Annual administration report of the Civil Veterinary Department of India - 1897-1898
Year: 1897
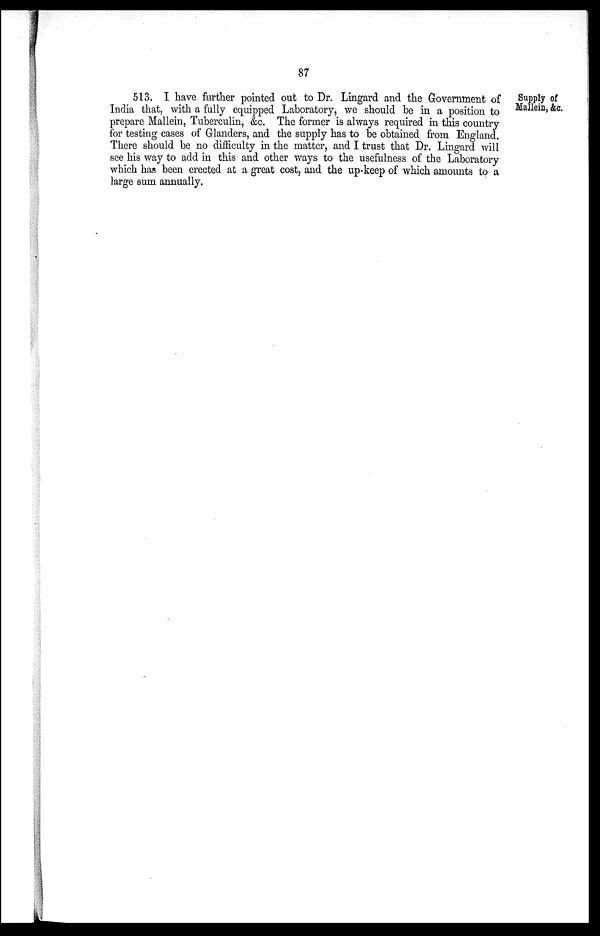
87
Supply of
Mallein, &c.
513. I have further pointed out to Dr. Lingard and the Government of
India that, with a fully equipped Laboratory, we should be in a position to
prepare Mallein, Tuberculin, &c. The former is always required in this country
for testing cases of Glanders, and the supply has to be obtained from England.
There should be no difficulty in the matter, and I trust that Dr. Lingard will
see his way to add in this and other ways to the usefulness of the Laboratory
which has been erected at a great cost, and the up-keep of which amounts to a
large sum annually.